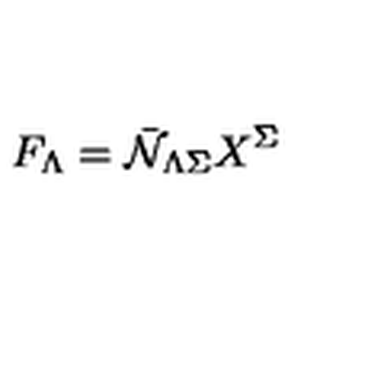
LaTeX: F _ { \Lambda } = { \bar { \cal N } } _ { \Lambda \Sigma } X ^ { \Sigma }